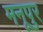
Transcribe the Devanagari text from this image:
मनूपुर